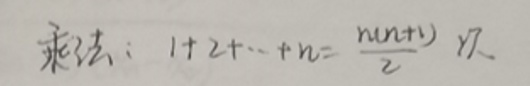
乘法：$1 + 2+\cdots + n=\frac{n(n + 1)}{2}$ 及